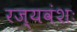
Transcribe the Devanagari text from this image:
रज्यवंशः